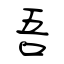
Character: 吾